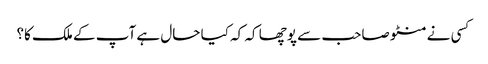
کسی نے منٹو صاحب سے پوچھا کہ کہ کیا حال ہے آپ کے ملک کا؟